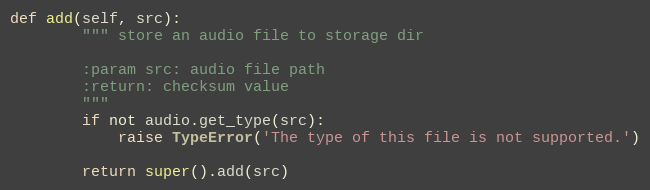
Language: Python
def add(self, src):
        """ store an audio file to storage dir

        :param src: audio file path
        :return: checksum value
        """
        if not audio.get_type(src):
            raise TypeError('The type of this file is not supported.')

        return super().add(src)